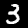
Digit: 3